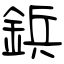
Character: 鋲